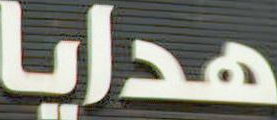
هدايا